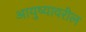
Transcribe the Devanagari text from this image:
आयुष्यावरील